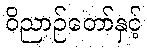
ဝိညာဉ်တော်နှင့်